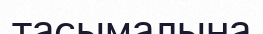
тасымалына